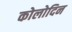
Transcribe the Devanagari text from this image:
कोलोदिन